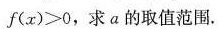
$$f ( x ) > 0$$，求a的取值范围。